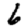
Digit: 6